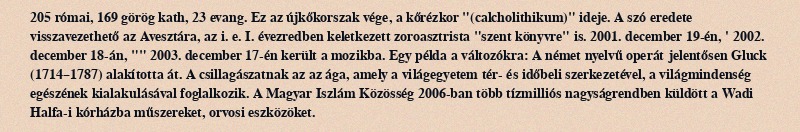
205 római, 169 görög kath, 23 evang. Ez az újkőkorszak vége, a kőrézkor "(calcholithikum)" ideje. A szó eredete visszavezethető az Avesztára, az i. e. I. évezredben keletkezett zoroasztrista "szent könyvre" is. 2001. december 19-én, ' 2002. december 18-án, "" 2003. december 17-én került a mozikba. Egy példa a változókra: A német nyelvű operát jelentősen Gluck (1714–1787) alakította át. A csillagászatnak az az ága, amely a világegyetem tér- és időbeli szerkezetével, a világmindenség egészének kialakulásával foglalkozik. A Magyar Iszlám Közösség 2006-ban több tízmilliós nagyságrendben küldött a Wadi Halfa-i kórházba műszereket, orvosi eszközöket.